Indian journal of veterinary science and animal husbandry - Volume 3,
Year: 1933
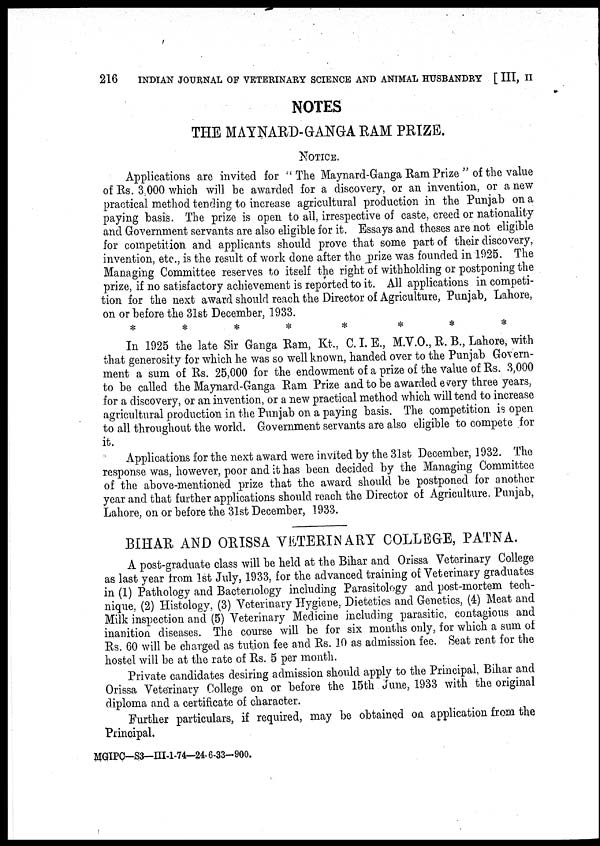
216
INDIAN JOURNAL OF VETERINARY SCIENCE AND ANIMAL HUSBANDRY [ III, II
NOTES
THE MAYNARD-GANGA RAM PRIZE.
NOTICE.
Applications are invited for "The Maynard-Ganga Ram Prize " of the value
of Rs. 3,000 which will be awarded for a discovery, or an invention, or a new
practical method tending to increase agricultural production in the Punjab on a
paying basis. The prize is open to all, irrespective of caste, creed or nationality
and Government servants are also eligible for it. Essays and theses are not eligible
for competition and applicants should prove that some part of their discovery,
invention, etc., is the result of work done after the prize was founded in 1925. The
Managing Committee reserves to itself the right of withholding or postponing the
prize, if no satisfactory achievement is reported to it. All applications in competi-
tion for the next award should reach the Director of Agriculture, Punjab, Lahore,
on or before the 31st December, 1933.
*
*
*
*
*
*
*
*
In 1925 the late Sir Ganga Ram, Kt., C.I. E., M.V.O., R. B., Lahore, with
that generosity for which he was so well known, handed over to the Punjab Govern-
ment a sum of Rs. 25,000 for the endowment of a prize of the value of Rs. 3,000
to be called the Maynard-Ganga Ram Prize and to be awarded every three years,
for a discovery, or an invention, or a new practical method which will tend to increase
agricultural production in the Punjab on a paying basis. The competition is open
to all throughout the world. Government servants are also eligible to compete for
it.
Applications for the next award were invited by the 31st December, 1932. The
response was, however, poor and it has been decided by the Managing Committee
of the above-mentioned prize that the award should be postponed for another
year and that further applications should reach the Director of Agriculture. Punjab,
Lahore, on or before the 31st December, 1933.
BIHAR AND ORISSA VETERINARY COLLEGE, PATNA.
A post-graduate class will be held at the Bihar and Orissa Veterinary College
as last year from 1st July, 1933, for the advanced training of Veterinary graduates
in (1) Pathology and Bacteriology including Parasitology and post-mortem tech-
nique, (2) Histology, (3) Veterinary Hygiene, Dietetics and Genetics, (4) Meat and
Milk inspection and (5) Veterinary Medicine including parasitic, contagious and
inanition diseases. The course will be for six months only, for which a sum of
Rs. 60 will be charged as tution fee and Rs. 10 as admission fee. Seat rent for the
hostel will be at the rate of Rs. 5 per month.
Private candidates desiring admission should apply to the Principal, Bihar and
Orissa Veterinary College on or before the 15th June, 1933 with the original
diploma and a certificate of character.
Further particulars, if required, may be obtained on application from the
Principal.
MGIPC-S3—III-1-74-24-6-33-900.